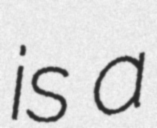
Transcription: is a